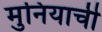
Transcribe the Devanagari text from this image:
मुनियाची